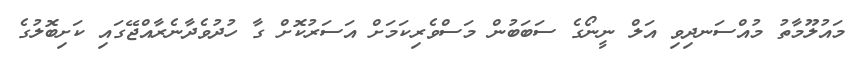
މައުލޫމާތު މުއްސަނދިވި އަލް ނީނޯގެ ސަބަބުން މަސްވެރިކަމަށް އަސަރުކޮށް ގާ ހުދުވެދާނެރާއްޖޭގައި ކަށިބޮލުގެ